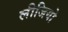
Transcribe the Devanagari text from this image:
लीजियो